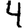
Digit: 4